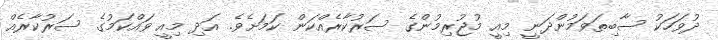
ދުވަހަކު ސާބިތަވަމުންދަނީ މިއީ މުޖުރިމުންގެ ސަރުކާރެއްކަން ކަމަށެވެ. އަދި މިއީ ވައްކަމުގެ ސަރުކާރެއް